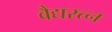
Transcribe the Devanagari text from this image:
वैद्यरत्न